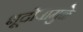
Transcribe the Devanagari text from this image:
भूदोषामुळे